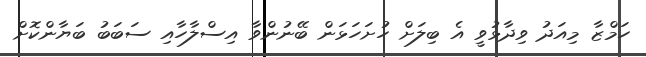
ހަމްޒާ މިއަދު ވިދާޅުވީ އެ ބިލަށް ހުށަހަޅަން ބޭނުންވާ އިސްލާހާއި ސަބަބު ބަޔާންކޮށް